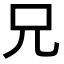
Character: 兄